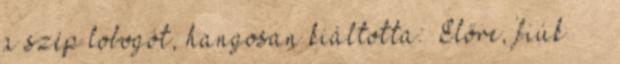
a szép lobogót, hangosan kiáltotta: »Előre, fiúk «” –